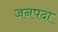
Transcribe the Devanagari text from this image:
जनपदा